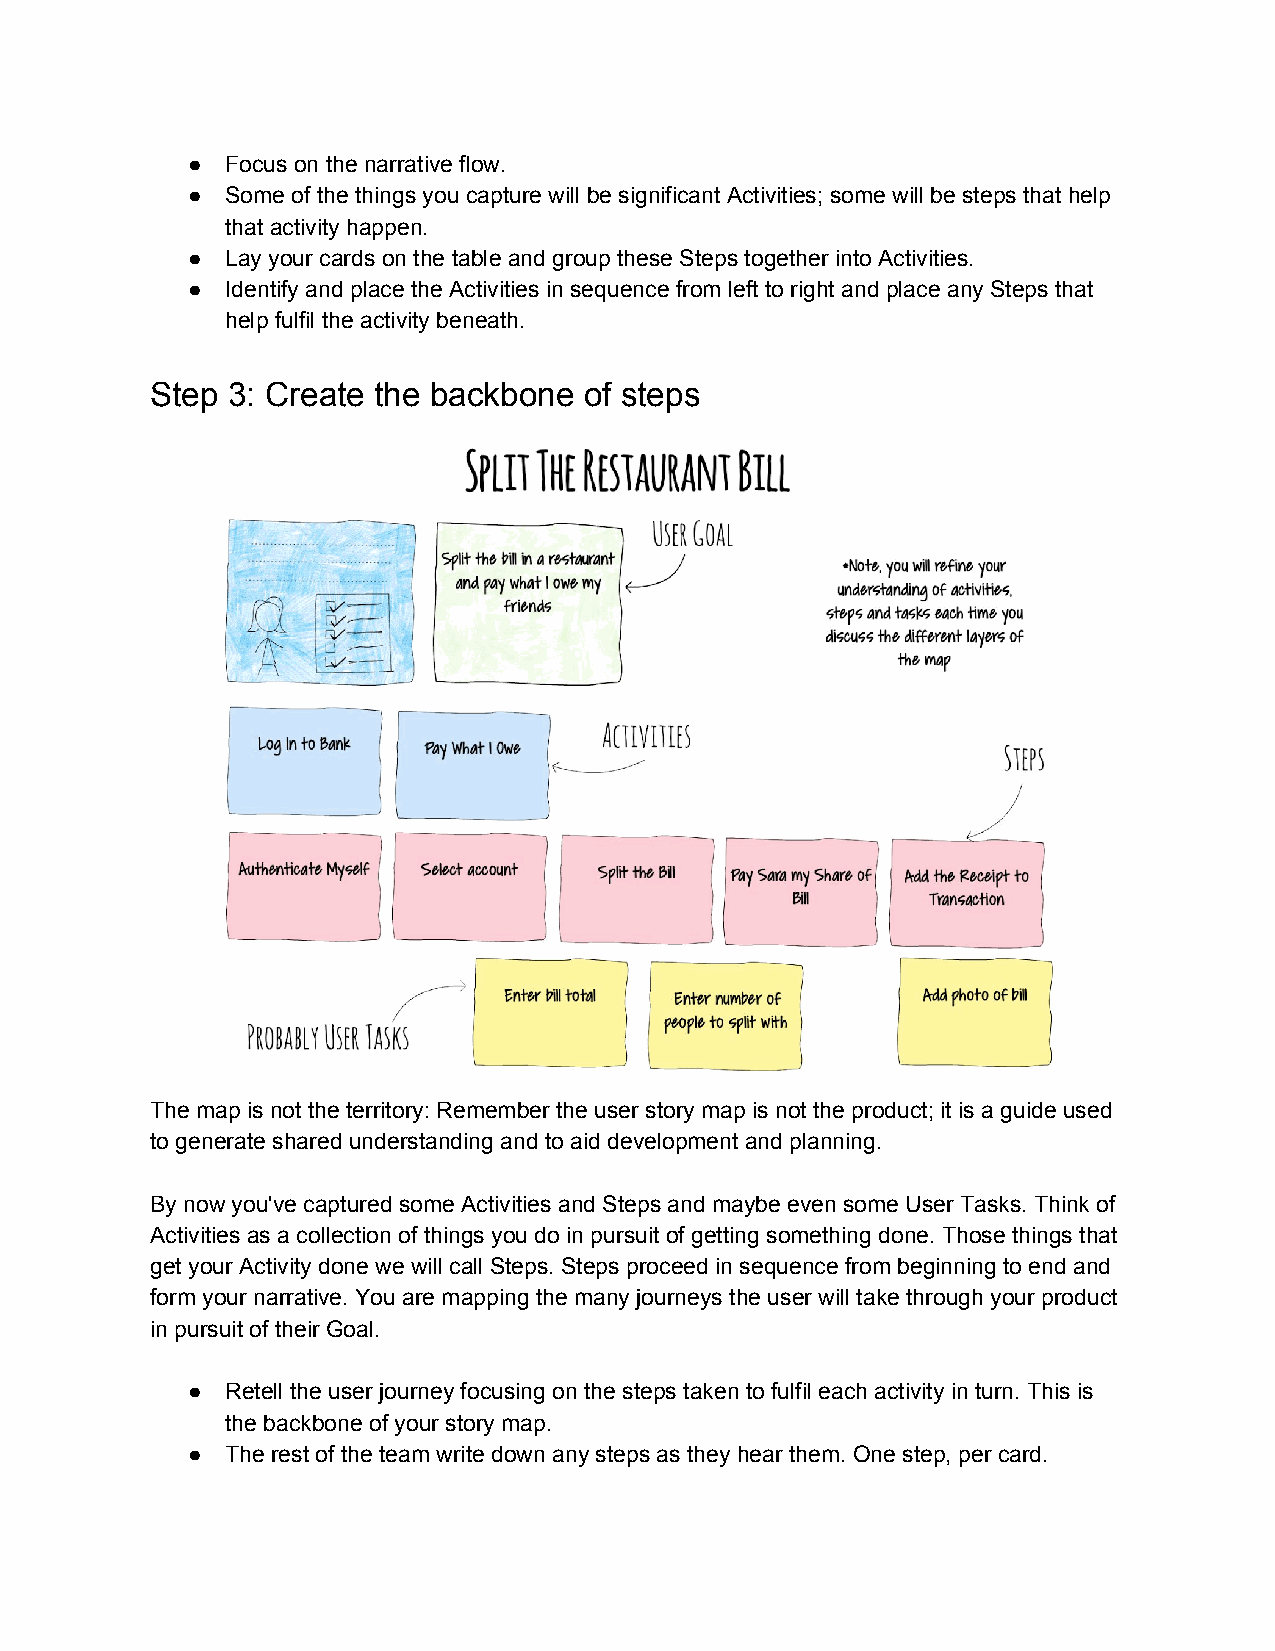
●  Focus on the narrative flow.
 ●  Some of the things you capture will be significant Activities; some will be steps that help
 that activity happen.
 ●  Lay your cards on the table and group these Steps together into Activities.
 ●  Identify and place the Activities in sequence from left to right and place any Steps that
 help fulfil the activity beneath.
 Step 3: Create the backbone  of steps
 The map is not the territory: Remember the user story map is not the product; it is a guide used
 to generate shared understanding and to aid development and planning.
 By now you've captured some Activities and Steps and maybe even some User Tasks. Think of
 Activities as a collection of things you do in pursuit of getting something done. Those things that
 get your Activity done we will call Steps. Steps proceed in sequence from beginning to end and
 form your narrative. You are mapping the many journeys the user will take through your product
 in pursuit of their Goal.
 ●  Retell the user journey focusing on the steps taken to fulfil each activity in turn. This is
 the backbone of your story map.
 ●  The rest of the team write down any steps as they hear them. One step, per card.